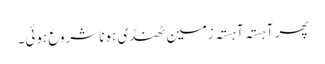
پھر آہستہ آہستہ زمین ٹھنڈی ہونا شروع ہوئی۔